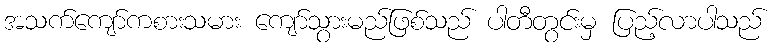
အသက်ကျော်ကစားသမား ကျော်သွားမည်ဖြစ်သည် ပါတီတွင်းမှ ပြည့်လာပါသည်